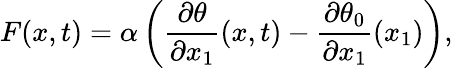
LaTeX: F(x,t)=\alpha\left(\frac{\partial\theta}{\partial x_{1}}(x,t)-\frac{\partial\theta_{0}}{\partial x_{1}}(x_{1})\right),